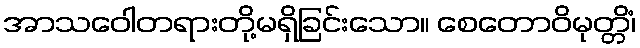
အာသဝေါတရားတို့မရှိခြင်းသော။ စေတောဝိမုတ္တိံ၊